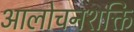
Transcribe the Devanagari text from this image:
आलोचनशक्ति